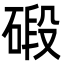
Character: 碫